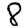
Digit: 8